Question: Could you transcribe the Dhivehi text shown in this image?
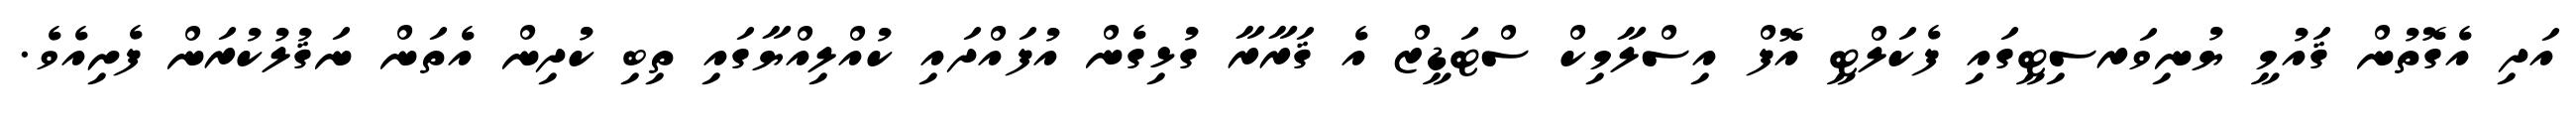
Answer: އަދި އެގޮތުން ޤައުމީ ޔުނިވަރސިޓީގައި ފެކަލްޓީ އޮފް އިސްލާމިކް ސްޓަޑީޒް އެ ޤަރާރާ ގުޅިގެން އުފައްދައި ކުއްލިއްޔާގައި ތިބި ކުދިން އެތަން ނަޤުލުކުރަން ފެށިއެވެ.